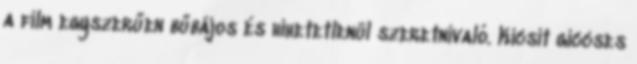
a film egyszerűen bűbájos és hihetetlenül szeretnivaló. Kicsit giccses